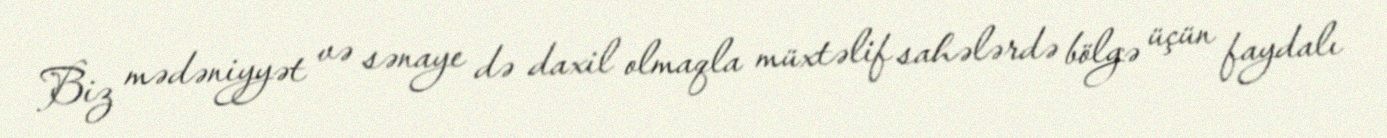
Biz mədəniyyət və sənaye də daxil olmaqla müxtəlif sahələrdə bölgə üçün faydalı